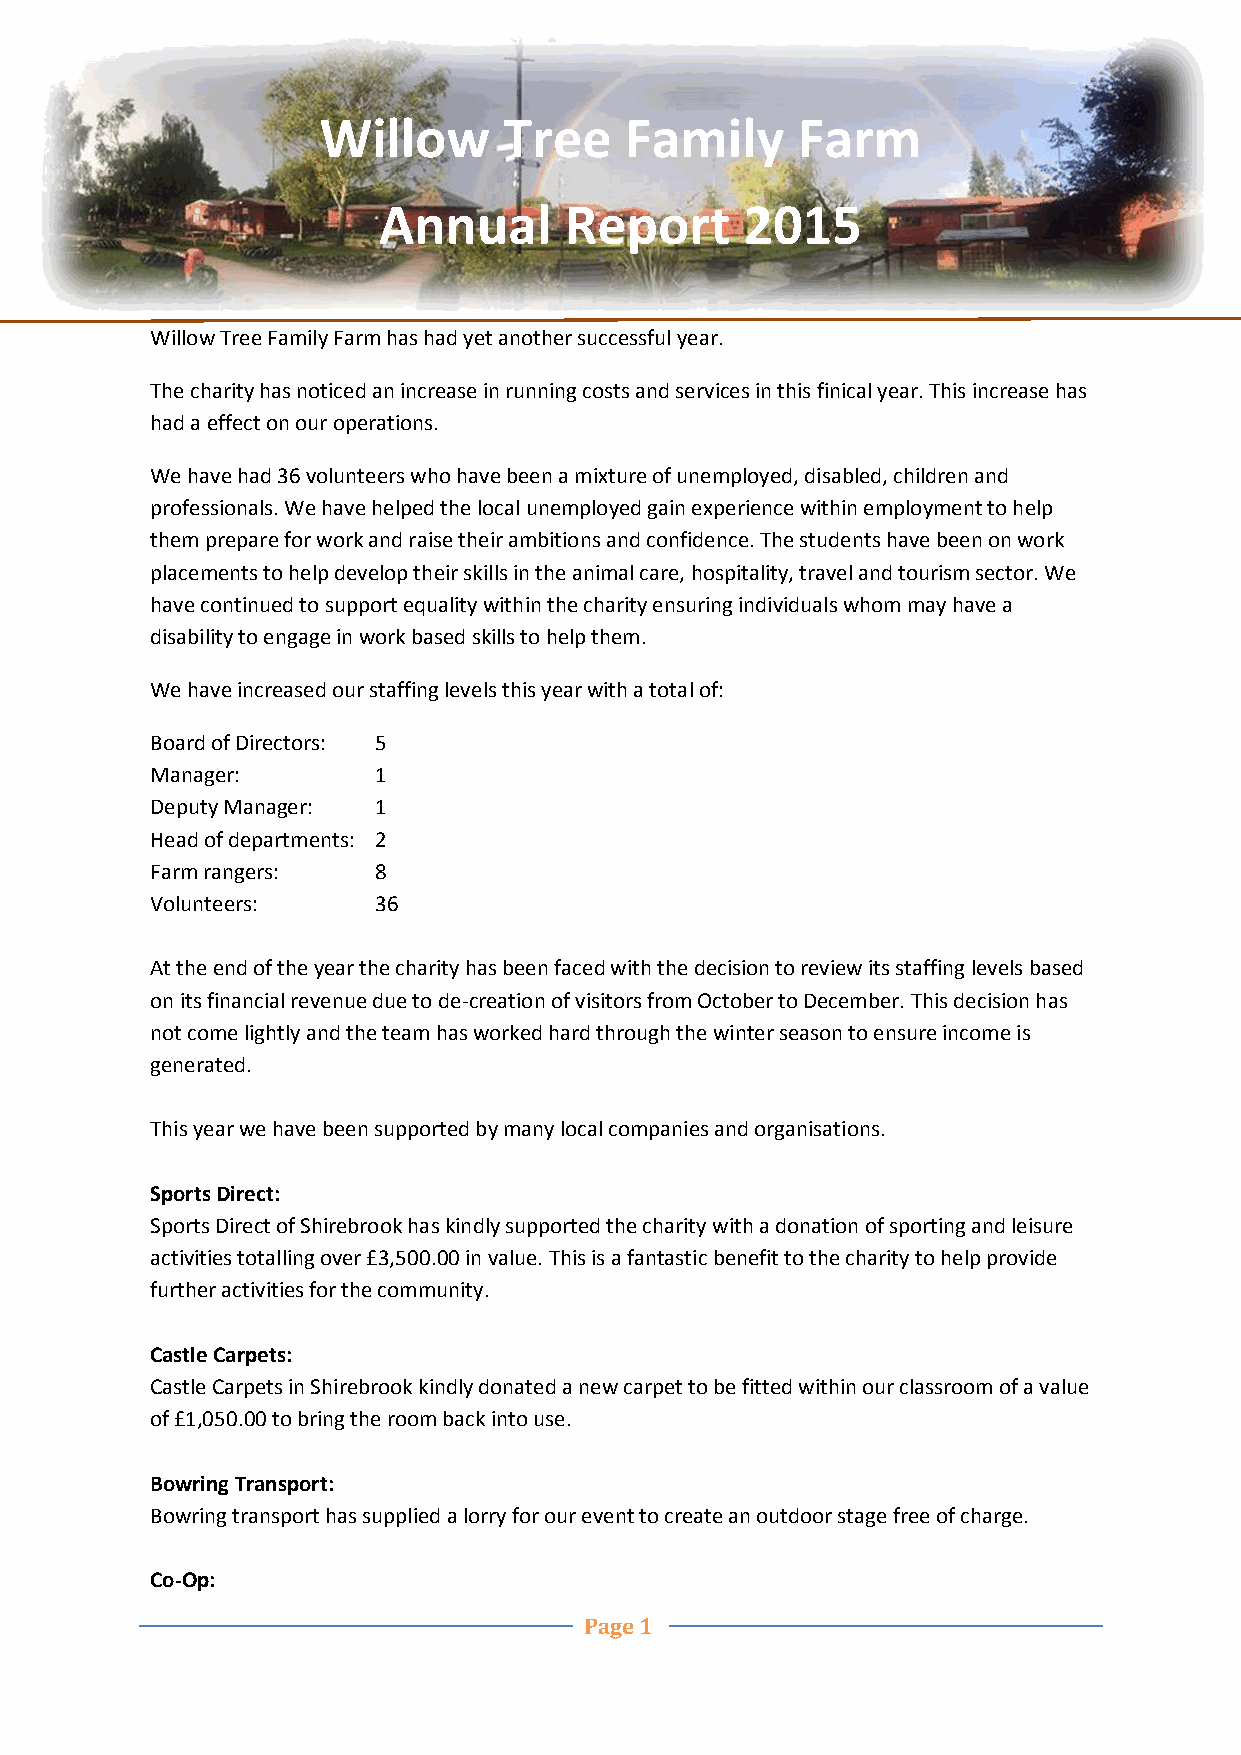
Willow      Tree    Family      Farm
 Annual      Report      2015
 Willow Tree Family Farm has had yet another successful year.
 The charity has noticed an increase in running costs and services in this finical year. This increase has
 had a effect on our operations.
 We have had 36 volunteers who have been a mixture of unemployed, disabled, children and
 professionals. We have helped the local unemployed gain experience within employment to help
 them prepare for work and raise their ambitions and confidence. The students have been on work
 placements to help develop their skills in the animal care, hospitality, travel and tourism sector. We
 have continued to support equality within the charity ensuring individuals whom may have a
 disability to engage in work based skills to help them.
 We have increased our staffing levels this year with a total of:
 Board of Directors: 5
 Manager:       1
 Deputy Manager: 1
 Head of departments: 2
 Farm rangers:  8
 Volunteers:    36
 At the end of the year the charity has been faced with the decision to review its staffing levels based
 on its financial revenue due to de-creation of visitors from October to December. This decision has
 not come lightly and the team has worked hard through the winter season to ensure income is
 generated.
 This year we have been supported by many local companies and organisations.
 Sports Direct:
 Sports Direct of Shirebrook has kindly supported the charity with a donation of sporting and leisure
 activities totalling over £3,500.00 in value. This is a fantastic benefit to the charity to help provide
 further activities for the community.
 Castle Carpets:
 Castle Carpets in Shirebrook kindly donated a new carpet to be fitted within our classroom of a value
 of £1,050.00 to bring the room back into use.
 Bowring Transport:
 Bowring transport has supplied a lorry for our event to create an outdoor stage free of charge.
 Co-Op:
 Page 1